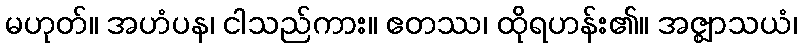
မဟုတ်။ အဟံပန၊ ငါသည်ကား။ ဧတဿ၊ ထိုရဟန်း၏။ အဇ္ဈာသယံ၊